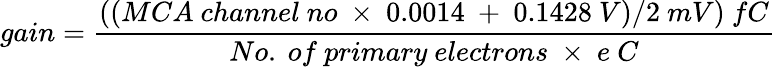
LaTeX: gain=\frac{((MCA~channel~no~\times~0.0014~+~0.1428~V)/2~mV)~fC}{No.~of~primary~electrons~\times~e~C}